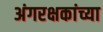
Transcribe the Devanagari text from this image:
अंगरक्षकांच्या